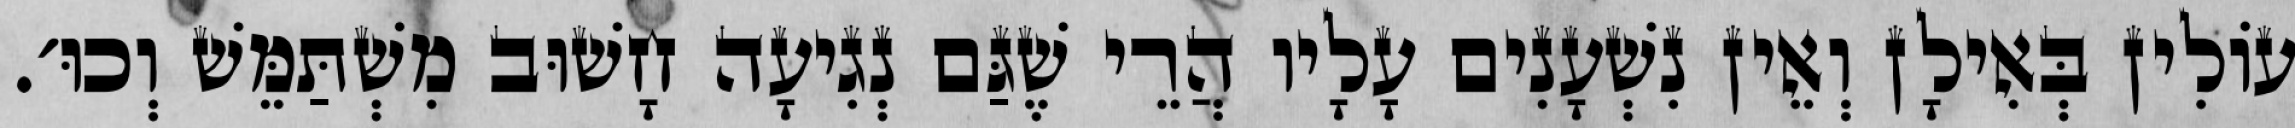
עוֹלִין בְּאִילָן וְאֵין נִשְׁעָנִים עָלָיו הֲרֵי שֶׁגַּם נְגִיעָה חָשׁוּב מִשְׁתַּמֵּשׁ וְכוּ׳.